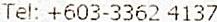
TEL: +603-3362 4137